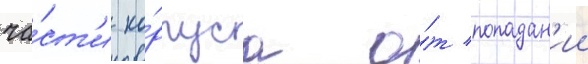
ча́ст'и ко́рпуса о́т попадан'ии